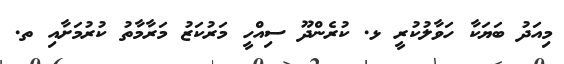
މިއަދު ބަޔަކާ ހަވާލުކުރީ ޅ. ކުރެންދޫ ސިއްހީ މަރުކަޒު މަރާމާތު ކުރުމަށާއި ތ.